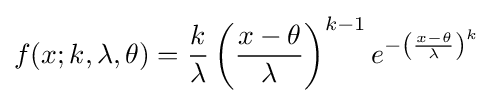
f(x;k,\lambda ,\theta )={k \over \lambda }\left({x-\theta  \over \lambda }\right)^{k-1}e^{-\left({x-\theta  \over \lambda }\right)^{k}}